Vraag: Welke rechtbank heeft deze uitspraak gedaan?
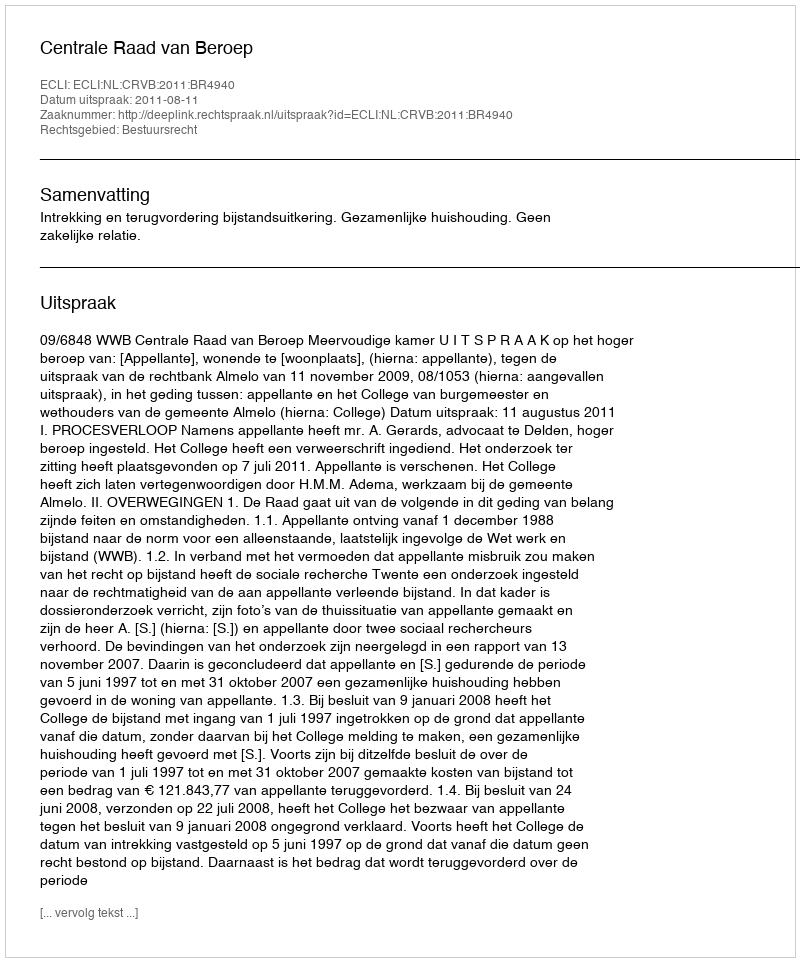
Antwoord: Centrale Raad van Beroep